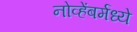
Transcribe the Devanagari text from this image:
नोव्हेंबर्मध्ये